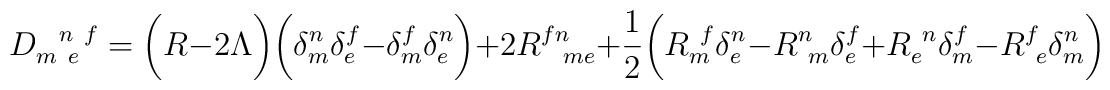
D_{m~e}^{~~n~f} = \biggl( R - 2\Lambda \biggr) \biggl( \delta^n_m\delta^f_e - \delta^f_m \delta^n_e \biggr)  + 2R^{fn}_{~~me} + \frac{1}{2} \biggl(R_m^{~f} \delta^n_e - R^n_{~m} \delta^f_e + R_e^{~n} \delta^f_m - R^f_{~e} \delta^n_m  \biggr)